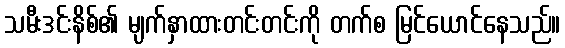
သမီးဒင်းနိစ်၏ မျက်နှာထားတင်းတင်းကို တက်စ မြင်ယောင်နေသည်။